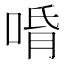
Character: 𱓍